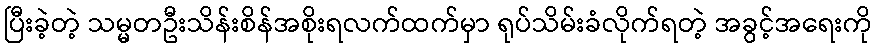
ပြီးခဲ့တဲ့ သမ္မတဦးသိန်းစိန်အစိုးရလက်ထက်မှာ ရုပ်သိမ်းခံလိုက်ရတဲ့ အခွင့်အရေးကို